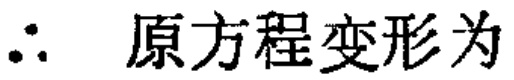
\(\therefore\) 原方程变形为